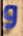
و